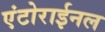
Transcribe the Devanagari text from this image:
एंटोराईनल